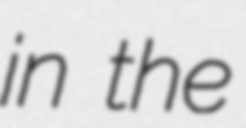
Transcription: in the